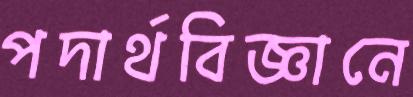
পদার্থবিজ্ঞানে